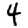
Digit: 4